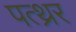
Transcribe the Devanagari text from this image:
पत्थ्रर